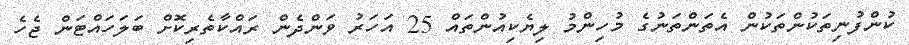
ކުންފުނިތަކުންތަކުން އެތަންތަނުގެ މުހިންމު ލިޔެކިއުންތައް 25 އަހަރު ވަންދެން ރައްކާތެރިކޮށް ބަލަހައްޓަން ޖެހެ